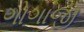
ગોગાજી